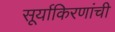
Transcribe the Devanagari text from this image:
सूर्याकिरणांची